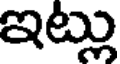
ఇట్లు